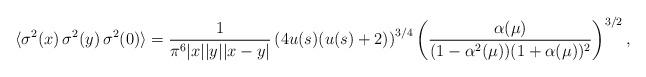
LaTeX: \begin{align*}\langle \sigma ^{2}(x)\,\sigma ^{2}(y)\,\sigma ^{2}(0)\rangle ={\frac{1}{\pi^{6}|x||y||x-y|}}\left( 4u(s)(u(s)+2)\right) ^{3/4}\left( {\frac{\alpha (\mu)}{(1-\alpha ^{2}(\mu ))(1+\alpha (\mu ))^{2}}}\right) ^{3/2}, \end{align*}